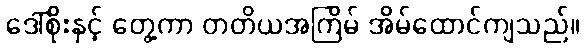
ဒေါ်စိုးနှင့် တွေ့ကာ တတိယအကြိမ် အိမ်ထောင်ကျသည်။